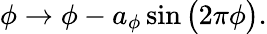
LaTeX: \phi\to\phi-a_{\phi}\sin\big(2\pi\phi\big).